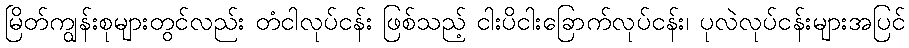
မြိတ်ကျွန်းစုများတွင်လည်း တံငါလုပ်ငန်း ဖြစ်သည့် ငါးပိငါးခြောက်လုပ်ငန်း၊ ပုလဲလုပ်ငန်းများအပြင်